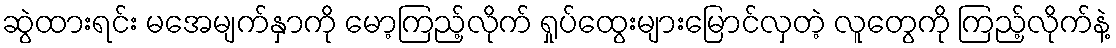
ဆွဲထားရင်း မအေမျက်နှာကို မော့ကြည့်လိုက် ရှုပ်ထွေးများမြောင်လှတဲ့ လူတွေကို ကြည့်လိုက်နဲ့